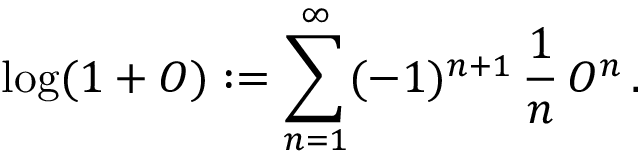
\log ( 1 + { \cal O } ) : = \sum _ { n = 1 } ^ { \infty } ( - 1 ) ^ { n + 1 } \, { \frac { 1 } { n } } \, { \cal O } ^ { n } \, .